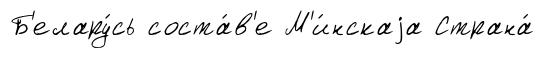
Б'елару́сь соста́в'е М'и́нскаjа Страна́